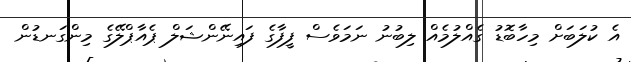
އެ ކުލަބަށް މިހާބޮޑު ގެއްލުމެއް ލިބުނު ނަމަވެސް ފީފާގެ ފައިނޭންޝަލް ޕެއާޕްލޭގެ މިންގަނޑުން